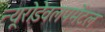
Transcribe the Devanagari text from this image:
न्यूरोडेवलपमेंटल